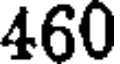
460